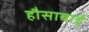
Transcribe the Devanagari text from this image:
हौसाबाई